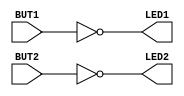
/*

Copyright 2022 Marc Ketel
SPDX-License-Identifier: Apache-2.0

*/

`default_nettype none

module top (
    input  wire BUT1,
    input  wire BUT2,
    output wire LED1,
    output wire LED2
);

  assign LED1 = ~BUT1;
  assign LED2 = ~BUT2;

endmodule